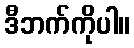
ဒီဘက်ကိုပါ။